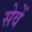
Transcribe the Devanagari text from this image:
सेवें